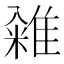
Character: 䨀